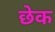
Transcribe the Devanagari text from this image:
छेक